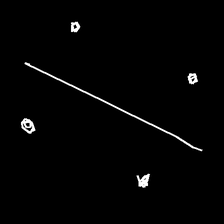
Glyph: cool